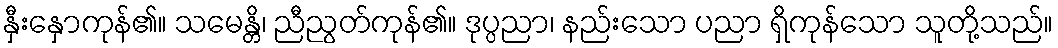
နှီးနှောကုန်၏။ သမေန္တိ၊ ညီညွတ်ကုန်၏။ ဒုပ္ပညာ၊ နည်းသော ပညာ ရှိကုန်သော သူတို့သည်။